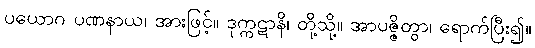
ပယောဂ ပဏနာယ၊ အားဖြင့်။ ဒုက္ကဋာနိ၊ တို့သို့။ အာပဇ္ဇိတွာ၊ ရောက်ပြီး၍။